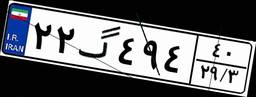
۲۲گ۴۹۴۴۰